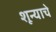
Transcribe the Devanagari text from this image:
शून्याचे